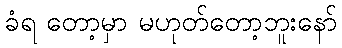
ခံရ တော့မှာ မဟုတ်တော့ဘူးနော်